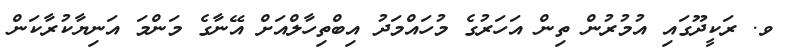
ވ. ރަކީދޫގައި އުމުރުން ތިން އަހަރުގެ މުހައްމަދު އިބްތިހާލްއަށް އޭނާގެ މަންމަ އަނިޔާކުރާކަން